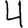
Digit: 4